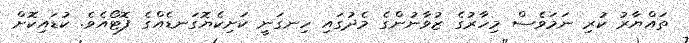
ތައްޔާރު ކުރި ނަމަވެސް މިހާރުގެ ޒުވާނުންގެ މެދުގައި ހިނގަނީ ކަށިކެޔޮގަނޑެއްގެ ފޮޓޯއެވެ. ކުޑައިކޮށް